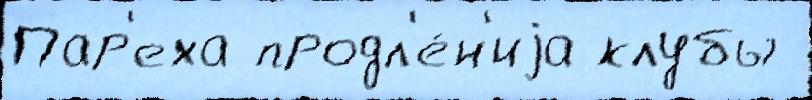
Пар'еха продл'е́н'иjа клубы